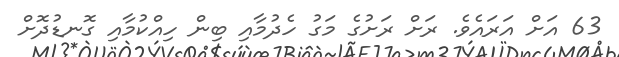
63 އަށް އަރައެވެ. ރަށް ރަށުގެ މަގު ހެދުމާއި ބިން ހިއްކުމާއި ގޮނޑުދޮށް